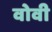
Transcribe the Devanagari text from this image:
वोवी